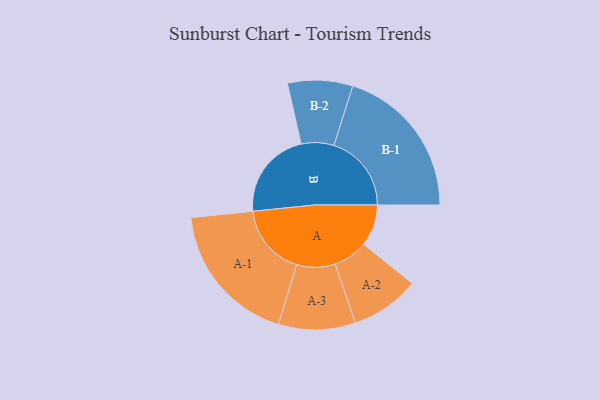
{"axis": {"x": "Segment", "y": "Value"}, "legend": ["", "A", "B"], "data": [{"x": "A", "y": 147, "type": ""}, {"x": "B", "y": 314, "type": ""}, {"x": "A-1", "y": 254, "type": "A"}, {"x": "A-2", "y": 122, "type": "A"}, {"x": "A-3", "y": 136, "type": "A"}, {"x": "B-1", "y": 274, "type": "B"}, {"x": "B-2", "y": 115, "type": "B"}]}